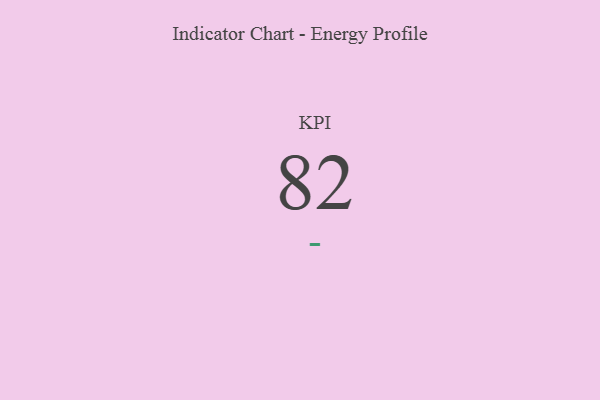
{"axis": {"x": "KPI", "y": "Value"}, "legend": [""], "data": [{"x": "KPI", "y": 82, "type": ""}]}